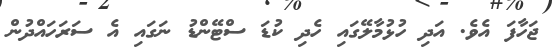
ޖަހާފަ އެވެ. އަދި ހުޅުމާލޭގައި ހެދި ކުޑަ ސްޓޭންޑު ނަގައި އެެ ސަރަހައްދުން